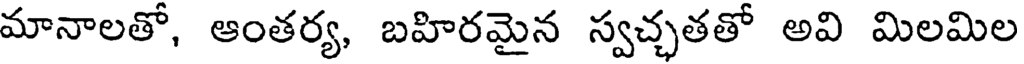
మానాలతో, ఆంతర్య, బహిరమైన స్వచ్చతతో అవి మిలమిల